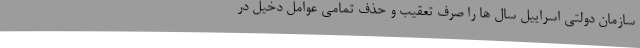
سازمان دولتی اسراییل سال ها را صرف تعقیب و حذف تمامی عوامل دخیل در